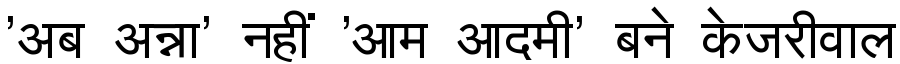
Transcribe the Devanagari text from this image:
'अब अन्ना' नहीं 'आम आदमी' बने केजरीवाल